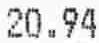
20.94